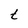
Character: t